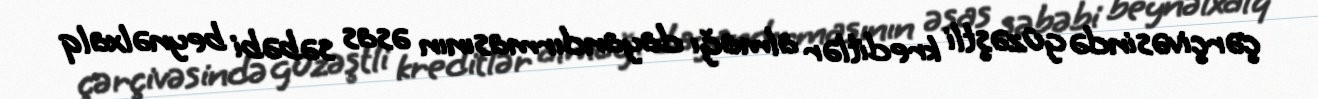
çərçivəsində güzəştli kreditlər almağı dayandırmasının əsas səbəbi beynəlxalq